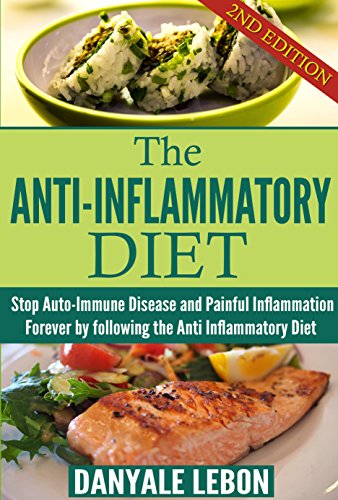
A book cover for Anti Inflammatory Diet: Stop Auto-Immune Disease and Painful Inflammation Forever by following the Anti Inflammatory Diet; Danyale Lebon; Cookbooks, Food & Wine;